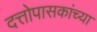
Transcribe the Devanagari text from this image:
दत्तोपासकांच्या